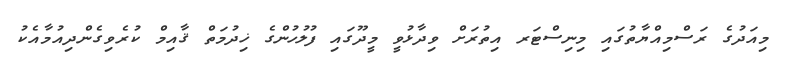
މިއަދުގެ ރަސްމިއްޔާތުގައި މިނިސްޓަރ އިތުރަށް ވިދާޅުވީ މީދޫގައި ފުލުހުންގެ ޚިދުމަތް ޤާއިމް ކުރެވިގެންދިއުމާއެކު